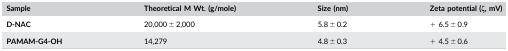
| Sample | Theoretical M Wt. (g/mole) | Size (nm) | Zeta potential (ζ, mV) |
 | --- | --- | --- | --- |
 | D‐NAC | 20,000 ± 2,000 | 5.8 ± 0.2 | + 6.5 ± 0.9 |
 | PAMAM‐G4‐OH | 14,279 | 4.8 ± 0.3 | + 4.5 ± 0.6 |